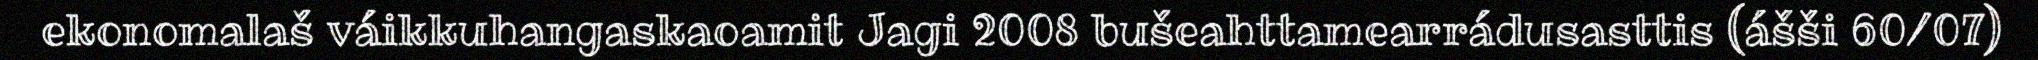
ekonomalaš váikkuhangaskaoamit Jagi 2008 bušeahttamearrádusasttis (ášši 60/07)